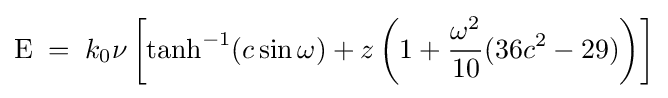
{\text{E}}\;=\;k_{0}\nu \left[{\tanh }^{-1}(c\sin \omega )+z\left(1+{\frac {\omega ^{2}}{10}}(36c^{2}-29)\right)\right]